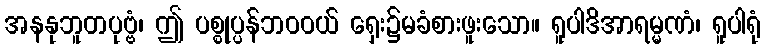
အနနုဘူတပုဗ္ဗံ၊ ဤ ပစ္စုပ္ပန်ဘဝဝယ် ရှေး၌မခံစားဖူးသော။ ရူပါဒိအာရမ္မဏံ၊ ရူပါရုံ